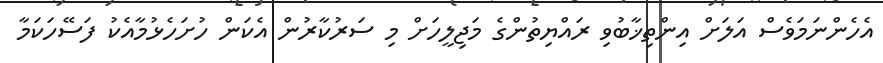
އެހެންނަމަވެސް އަލަށް އިންތިޚާބުވި ރައްޔިތުންގެ މަޖިލީހަށް މި ސަރުކާރުން އެކަން ހުށަހެޅުމާއެކު ފަސޭހަކަމާ